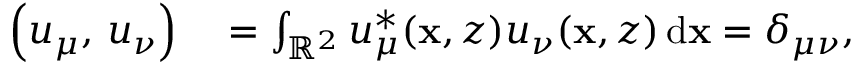
\begin{array} { r l } { \left( u _ { \mu } , \, u _ { \nu } \right) } & { { } = \int _ { \mathbb { R } ^ { 2 } } u _ { \mu } ^ { * } ( \mathbf { x } , z ) u _ { \nu } ( \mathbf { x } , z ) \, \mathrm { d } \mathbf { x } = \delta _ { \mu \nu } , } \end{array}